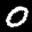
Label: 0